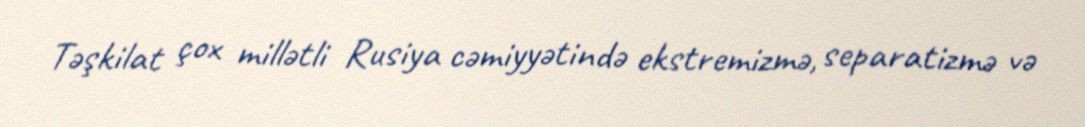
Təşkilat çox millətli Rusiya cəmiyyətində ekstremizmə, separatizmə və